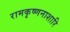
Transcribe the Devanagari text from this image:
रामकृष्णनाशारि